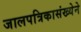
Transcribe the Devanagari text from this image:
जालपत्रिकासंख्येने